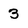
Character: 3